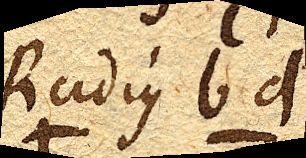
Radius bd.